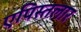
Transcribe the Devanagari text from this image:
एपिस्तलार